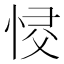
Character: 𢚌